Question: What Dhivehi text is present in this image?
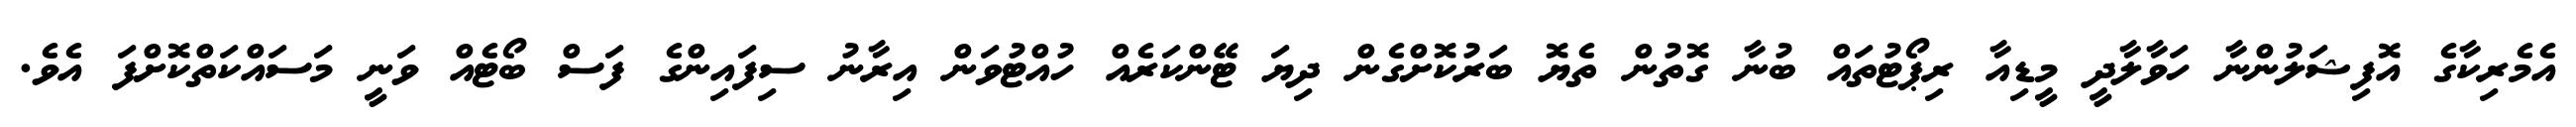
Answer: އެމެރިކާގެ އޮފިޝަލުންނާ ހަވާލާދީ މީޑިއާ ރިޕޯޓުތައް ބުނާ ގޮތުން ތެޔޮ ބަރުކޮށްގެން ދިޔަ ޓޭންކަރެއް ހުއްޓުވަން އިރާނު ސިފައިންގެ ފަސް ބޯޓެއް ވަނީ މަސައްކަތްކޮށްފަ އެވެ.